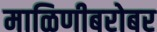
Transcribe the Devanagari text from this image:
माळिणीबरोबर